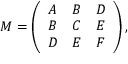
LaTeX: M = \left( { \begin{array} { l l l } { A } & { B } & { D } \\ { B } & { C } & { E } \\ { D } & { E } & { F } \end{array} } \right) ,